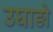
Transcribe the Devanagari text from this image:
उघाड़ो